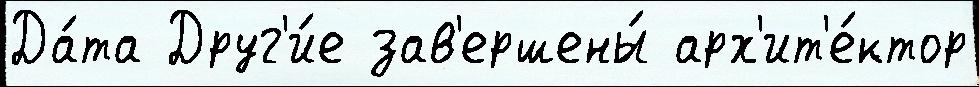
Да́та Друг'и́е зав'ершены́ арх'ит'е́ктор